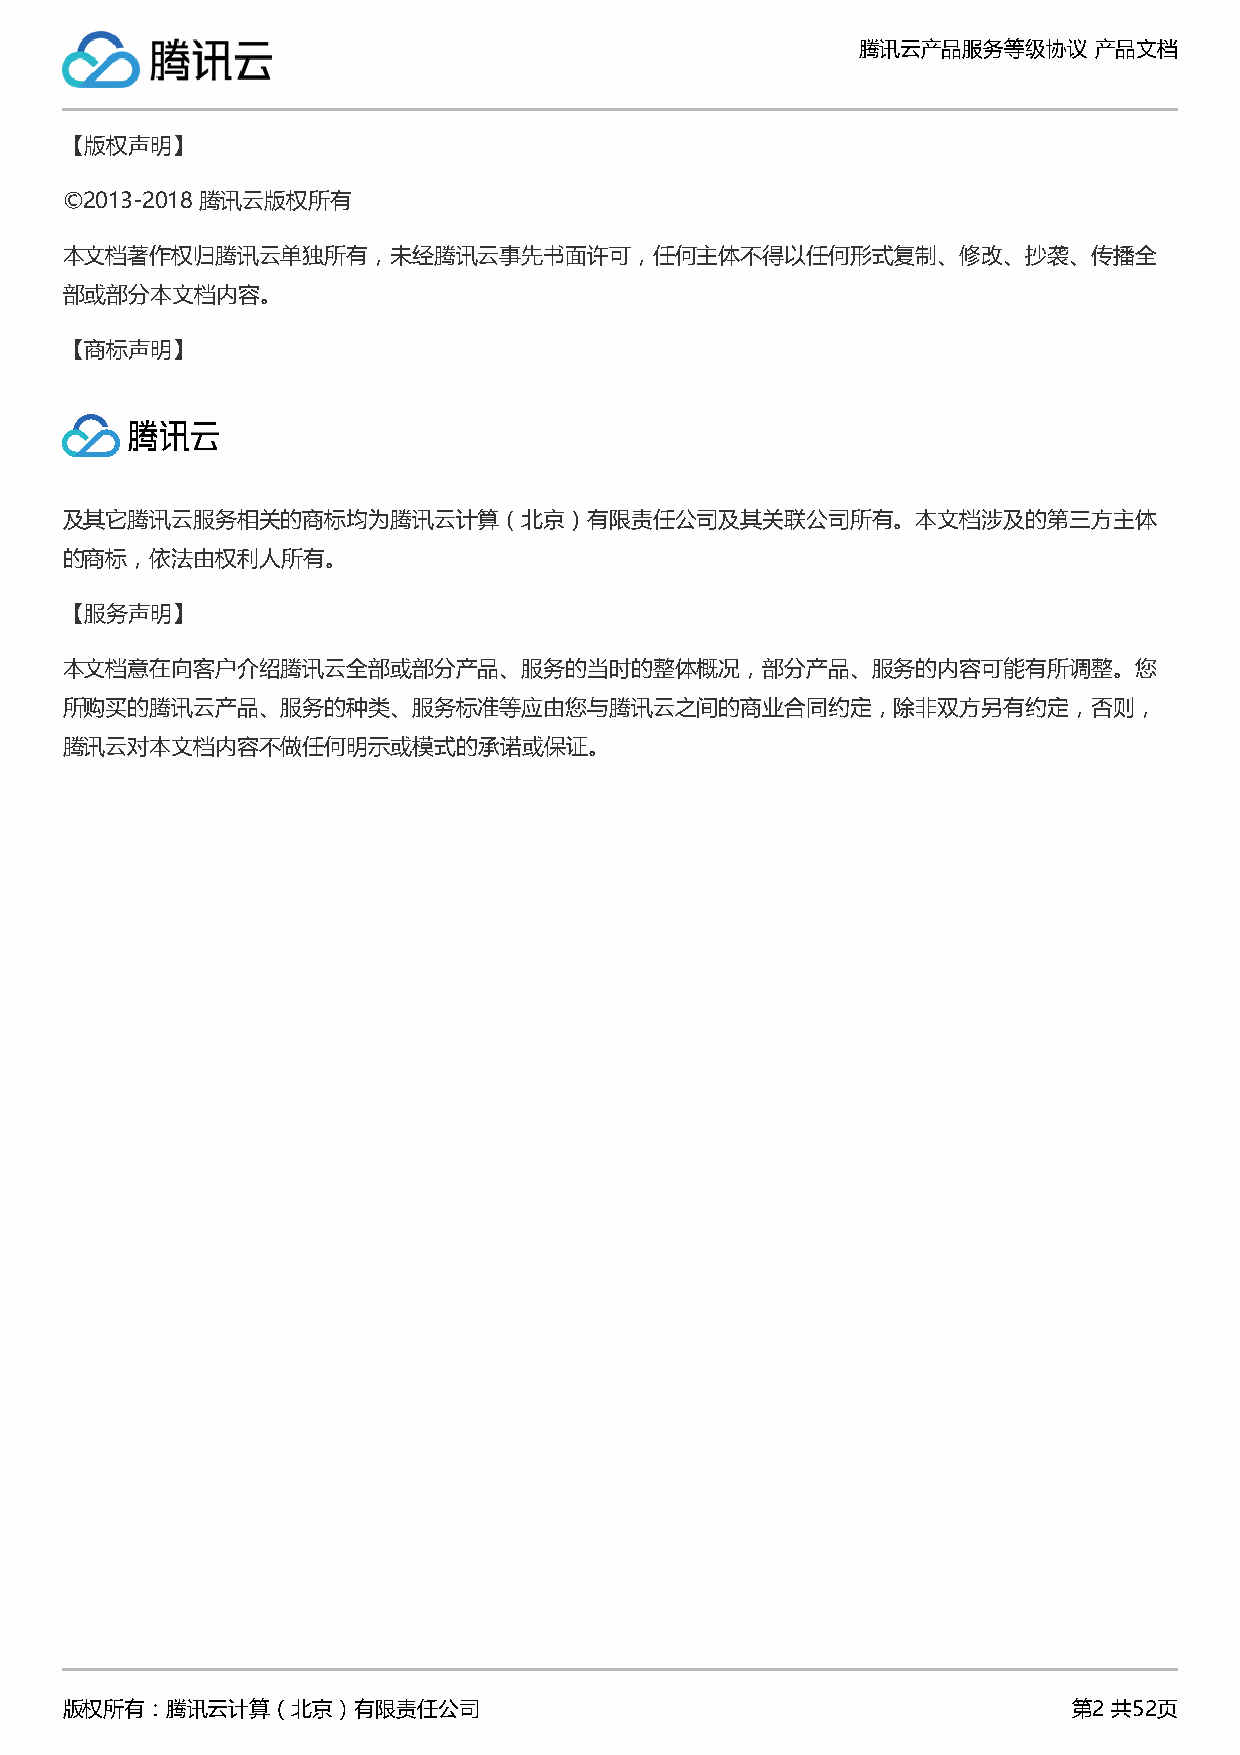
腾讯云产品服务等级协议    产品文档
 【版权声明】
 ©2013-2018 腾讯云版权所有
 本文档著作权归腾讯云单独所有，未经腾讯云事先书面许可，任何主体不得以任何形式复制、修改、抄袭、传播全
 部或部分本文档内容。
 【商标声明】
 及其它腾讯云服务相关的商标均为腾讯云计算（北京）有限责任公司及其关联公司所有。本文档涉及的第三方主体
 的商标，依法由权利人所有。
 【服务声明】
 本文档意在向客户介绍腾讯云全部或部分产品、服务的当时的整体概况，部分产品、服务的内容可能有所调整。您
 所购买的腾讯云产品、服务的种类、服务标准等应由您与腾讯云之间的商业合同约定，除非双方另有约定，否则，
 腾讯云对本文档内容不做任何明示或模式的承诺或保证。
 版权所有：腾讯云计算（北京）有限责任公司                                               第2 共52页